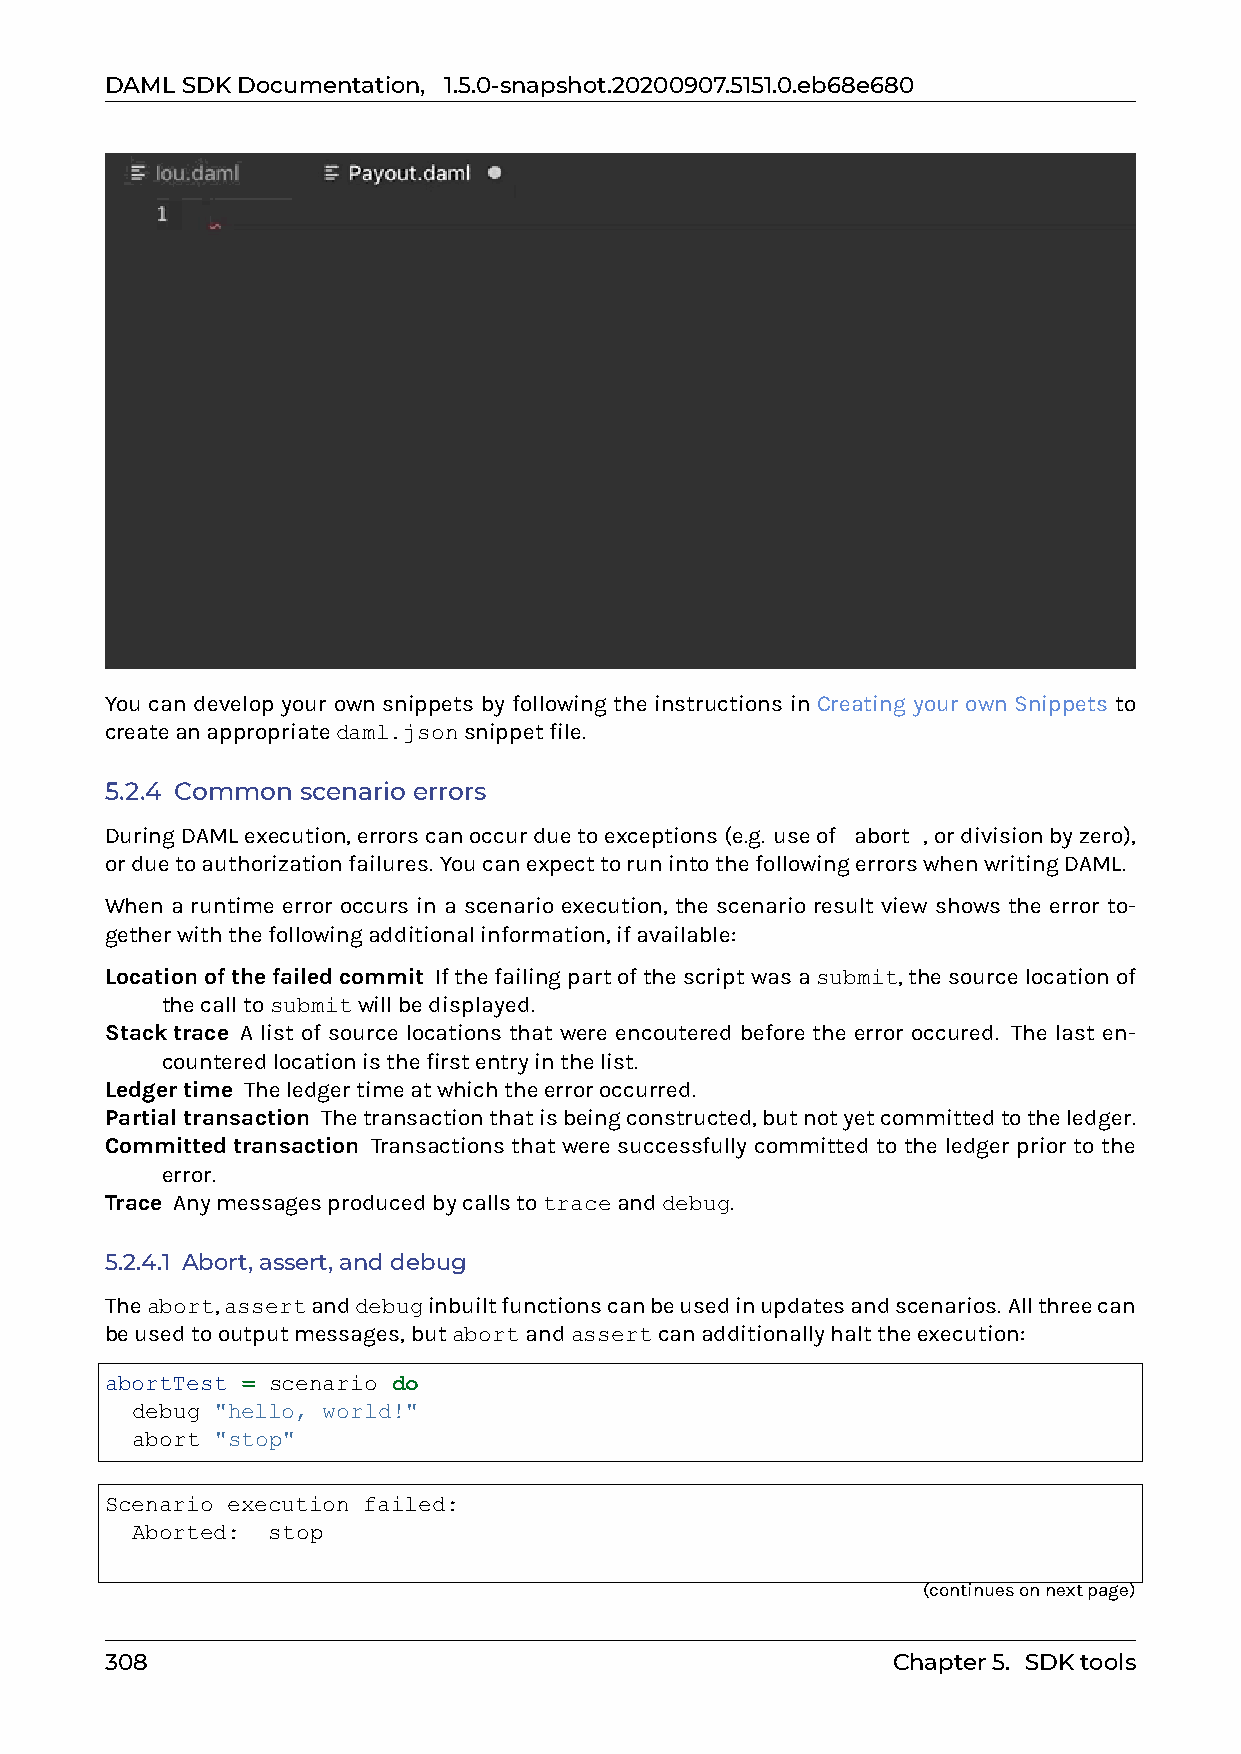
DAMLSDKDocumentation, 1.5.0-snapshot.20200907.5151.0.eb68e680
 You can develop your own snippets by following the instructions in Creating your own Snippets to
 createanappropriatedaml.jsonsnippetfile.
 5.2.4 Common scenario errors
 DuringDAMLexecution,errorscanoccurduetoexceptions(e.g. useof0abort0,ordivisionbyzero),
 orduetoauthorizationfailures. YoucanexpecttorunintothefollowingerrorswhenwritingDAML.
 When a runtime error occurs in a scenario execution, the scenario result view shows the error to-
 getherwiththefollowingadditionalinformation,ifavailable:
 Locationofthefailedcommit Ifthefailingpartofthescriptwasasubmit,thesourcelocationof
 thecalltosubmitwillbedisplayed.
 Stacktrace A list of source locations that were encoutered before the error occured. The last en-
 counteredlocationisthefirstentryinthelist.
 Ledgertime Theledgertimeatwhichtheerroroccurred.
 Partialtransaction Thetransactionthatisbeingconstructed,butnotyetcommittedtotheledger.
 Committedtransaction Transactions that were successfully committed to the ledger prior to the
 error.
 Trace Anymessagesproducedbycallstotraceanddebug.
 5.2.4.1 Abort,assert,anddebug
 Theabort,assertanddebuginbuiltfunctionscanbeusedinupdatesandscenarios. Allthreecan
 beusedtooutputmessages,butabortandassertcanadditionallyhalttheexecution:
 abortTest = scenario do
 debug "hello, world!"
 abort "stop"
 Scenario execution failed:
 Aborted: stop
 (continuesonnextpage)
 308                                                 Chapter5. SDKtools